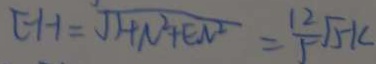
E H = \sqrt { H N ^ { 2 } + E N ^ { 2 } } = \frac { 1 2 } { 5 } \sqrt { 5 } k